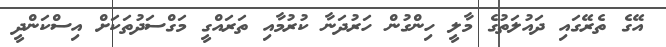
އޭގެ ތެރޭގައި ދައުލަތުގެ މާލީ ހިންގުން ހަރުދަނާ ކުރުމާއި ތަރައްގީ މަގްސަދުތަކަށް އިސްކަންދީ